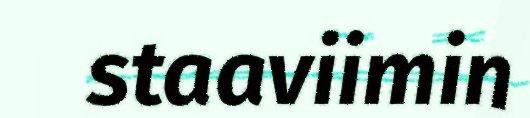
staaviimin